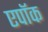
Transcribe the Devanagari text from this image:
एपॉक